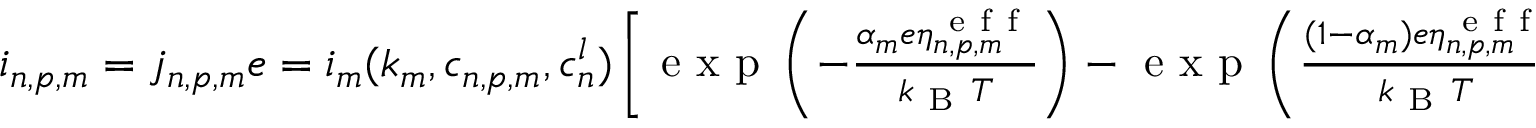
\begin{array} { r } { i _ { n , p , m } = j _ { n , p , m } e = i _ { m } ( k _ { m } , c _ { n , p , m } , c _ { n } ^ { l } ) \left[ \mathrm { ~ e ~ x ~ p ~ } \left( - \frac { \alpha _ { m } e \eta _ { n , p , m } ^ { \mathrm { ~ e ~ f ~ f ~ } } } { k _ { \mathrm { ~ B ~ } } T } \right) - \mathrm { ~ e ~ x ~ p ~ } \left( \frac { ( 1 - \alpha _ { m } ) e \eta _ { n , p , m } ^ { \mathrm { ~ e ~ f ~ f ~ } } } { k _ { \mathrm { ~ B ~ } } T } \right) \right] } \end{array}